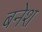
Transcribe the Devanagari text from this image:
बनेश